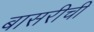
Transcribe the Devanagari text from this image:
बासरीची